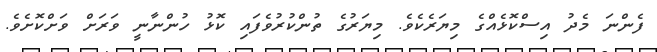
ފެންނަ މެދު އިސްކޮޅެއްގެ މިޔަރެކެވެ. މިޔަރުގެ ތުންކުރުވެފައި ކޮޅު ހުންނާނީ ވަރަށް ވަށްކޮށެވެ.